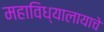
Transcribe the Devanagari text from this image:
महाविध्यालायाचे